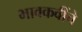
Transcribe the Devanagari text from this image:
भावकवींचे